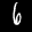
Label: 6